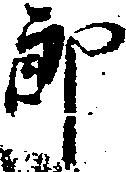
郎